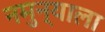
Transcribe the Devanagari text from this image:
नमुन्याला